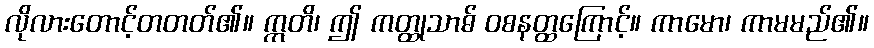
လိုလားတောင့်တတတ်၏။ ဣတိ၊ ဤ ကတ္ထုသာဓ် ဝစနတ္ထကြောင့်။ ကာမော၊ ကာမမည်၏။